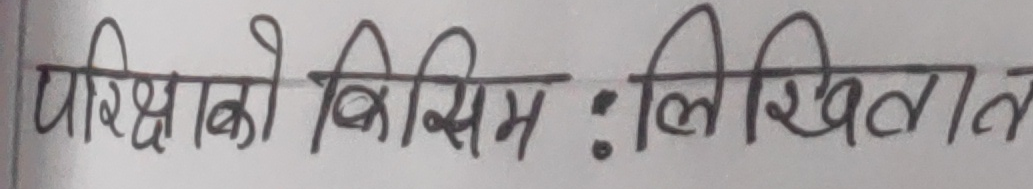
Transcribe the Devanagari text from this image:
परीक्षाको किसिम : लिखितल